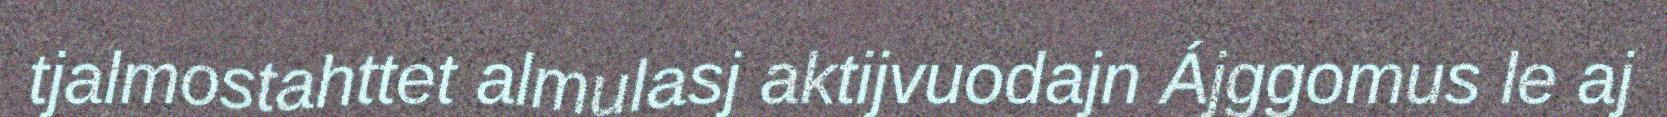
tjalmostahttet almulasj aktijvuodajn Ájggomus le aj